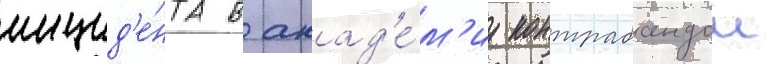
инцид'е́нта в акад'е́м'иу контрабандои